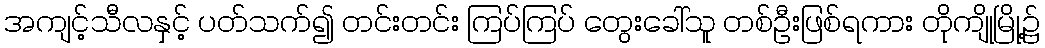
အကျင့်သီလနှင့် ပတ်သက်၍ တင်းတင်း ကြပ်ကြပ် တွေးခေါ်သူ တစ်ဦးဖြစ်ရကား တိုကျိုမြို့၌